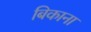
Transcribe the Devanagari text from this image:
बिकाना